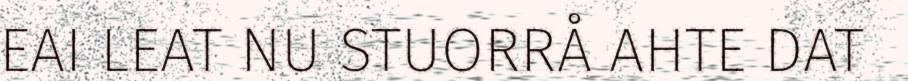
EAI LEAT NU STUORRÅ AHTE DAT